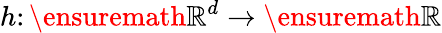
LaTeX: h\colon\ensuremath{\mathbb{R}}^{d}\to\ensuremath{\mathbb{R}}